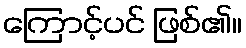
ကြောင့်ပင် ဖြစ်၏။